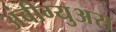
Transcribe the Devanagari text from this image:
अंबीग्युअस